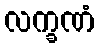
လက္ခဏံ